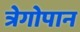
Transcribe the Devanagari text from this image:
त्रेगोपान